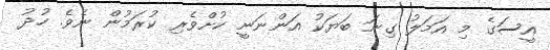
އީސަގެ މި އަމަލު ގިނަ ބަޔަކު އަންނަނީ ކުށްވެރި ކުރަމުން ނެވެ. ހުދު